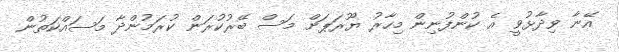
އޭނާ ވިދާޅުވީ އެ ކުންފުނިން މިހާރު ޔޫރަޕަށް މަސް ބޭރުކުރަން ކުރަމުންދާ މަސައްކަތުން